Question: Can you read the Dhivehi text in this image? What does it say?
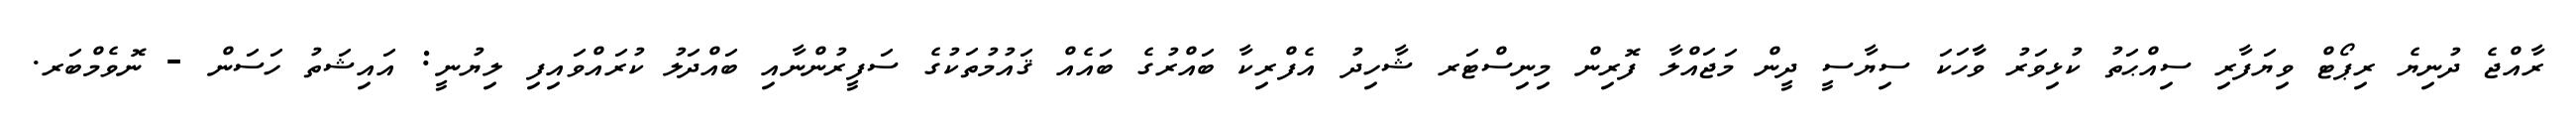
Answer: ރާއްޖެ ދުނިޔެ ރިޕޯޓް ވިޔަފާރި ސިއްޙަތު ކުޅިވަރު ވާާހަކަ ސިޔާސީ ދީން މަޖައްލާ ފޮރިން މިނިސްޓަރ ޝާހިދު އެފްރިކާ ބައްރުގެ ބައެއް ޤައުމުތަކުގެ ސަފީރުންނާއި ބައްދަލު ކުރައްވައިފި ލިޔުނީ: އައިޝަތު ހަސަން - ނޮވެމްބަރ.